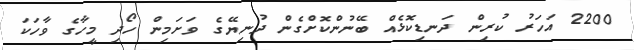
2200 އަހަރު ކުރިން ދަނޑިކޮޅެއް ބޭނުންކޮށްގެން ދުނިޔޭގެ ވަށަމިން ހޯދި މީހާގެ ވާހަކަ